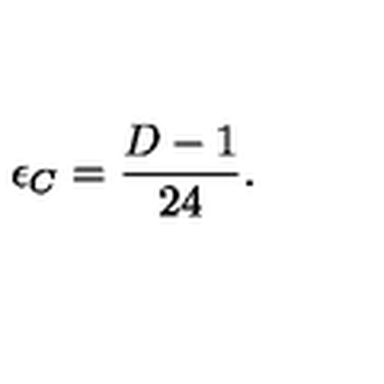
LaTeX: \epsilon _ { C } = \frac { D - 1 } { 2 4 } .